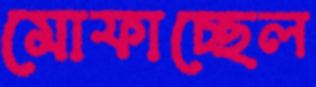
মোফাচ্ছেল